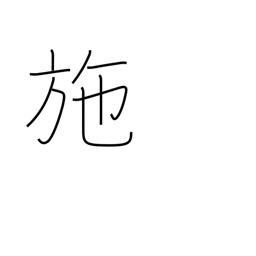
Meaning: bestow